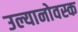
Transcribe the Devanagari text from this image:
उल्यानोवस्क